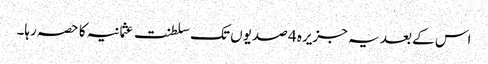
اس کے بعد یہ جزیرہ 4 صدیوں تک سلطنت عثمانیہ کا حصہ رہا۔